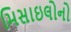
મિસાઇલોનો